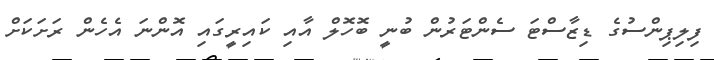
ފިލިޕިންސުގެ ޑިޒާސްޓަ ސެންޓަރުން ބުނީ ބޮހޮލް އާއި ކައިރީގައި އޮންނަ އެހެން ރަށަކަށް